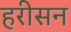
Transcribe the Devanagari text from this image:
हरीसन